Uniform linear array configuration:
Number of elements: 32
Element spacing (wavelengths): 0.5
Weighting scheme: hann
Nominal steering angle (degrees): -45
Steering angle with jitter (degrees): -44.704
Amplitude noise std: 0.05
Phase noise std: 0.05

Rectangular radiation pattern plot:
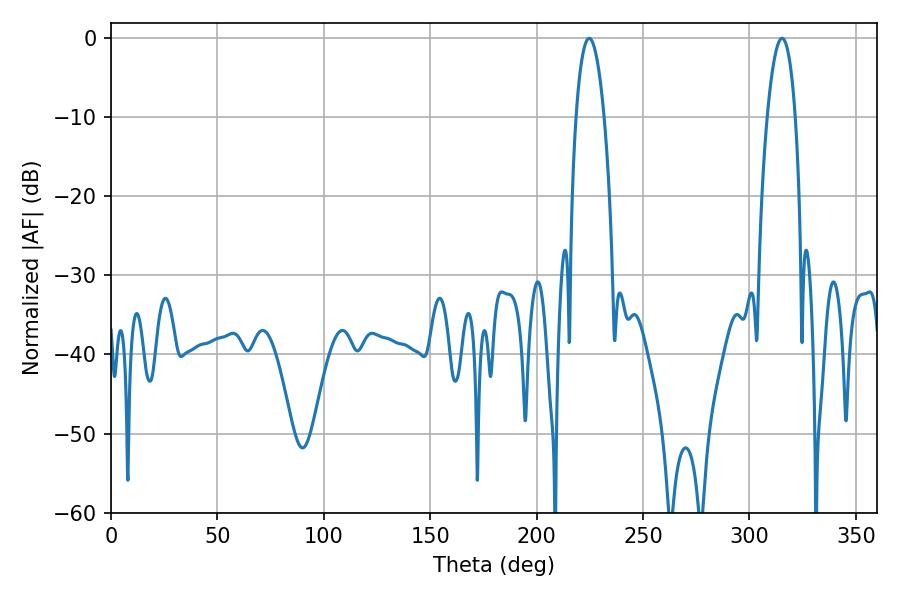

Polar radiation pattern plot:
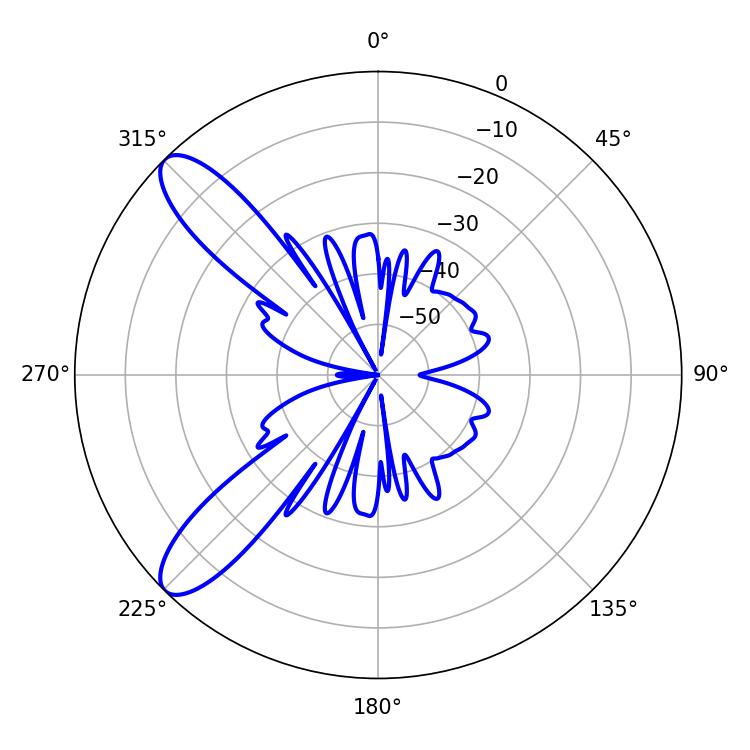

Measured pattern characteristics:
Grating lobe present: FALSE
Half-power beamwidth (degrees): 7.2
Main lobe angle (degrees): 224.64